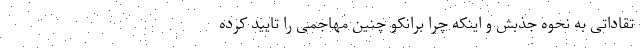
تقاداتی به نحوه جذبش و اینکه چرا برانکو چنین مهاجمی را تایید کرده